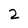
Character: 2